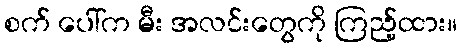
စက် ပေါ်က မီး အလင်းတွေကို ကြည့်ထား။